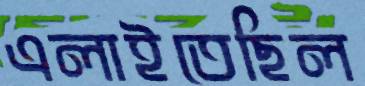
এলাইতেছিল